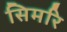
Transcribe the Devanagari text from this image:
सिमरि